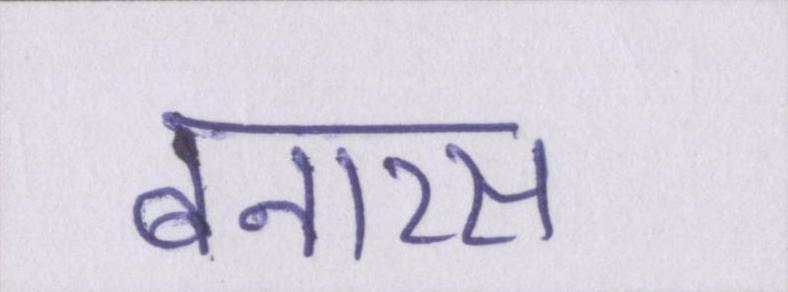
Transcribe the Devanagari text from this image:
बनारस